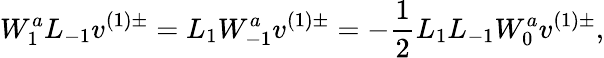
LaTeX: W_{1}^{a}L_{-1}v^{(1)\pm}=L_{1}W_{-1}^{a}v^{(1)\pm}=-\frac{1}{2}L_{1}L_{-1}W_{0}^{a}v^{(1)\pm},